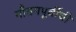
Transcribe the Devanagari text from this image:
गौतमपूर्वीची